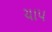
ચાપ